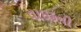
વાઇફની